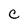
Character: C